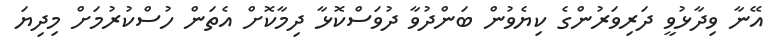
އޭނާ ވިދާޅުވީ ދަރިވަރުންގެ ކިޔެވުން ބަންދުވާ ދުވަސްކޮޅާ ދިމާކޮށް އެތަން ހުސްކުރުމަށް މިދިޔަ